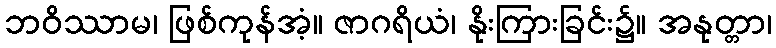
ဘဝိဿာမ၊ ဖြစ်ကုန်အံ့။ ဇာဂရိယံ၊ နိုးကြားခြင်း၌။ အနုတ္တာ၊